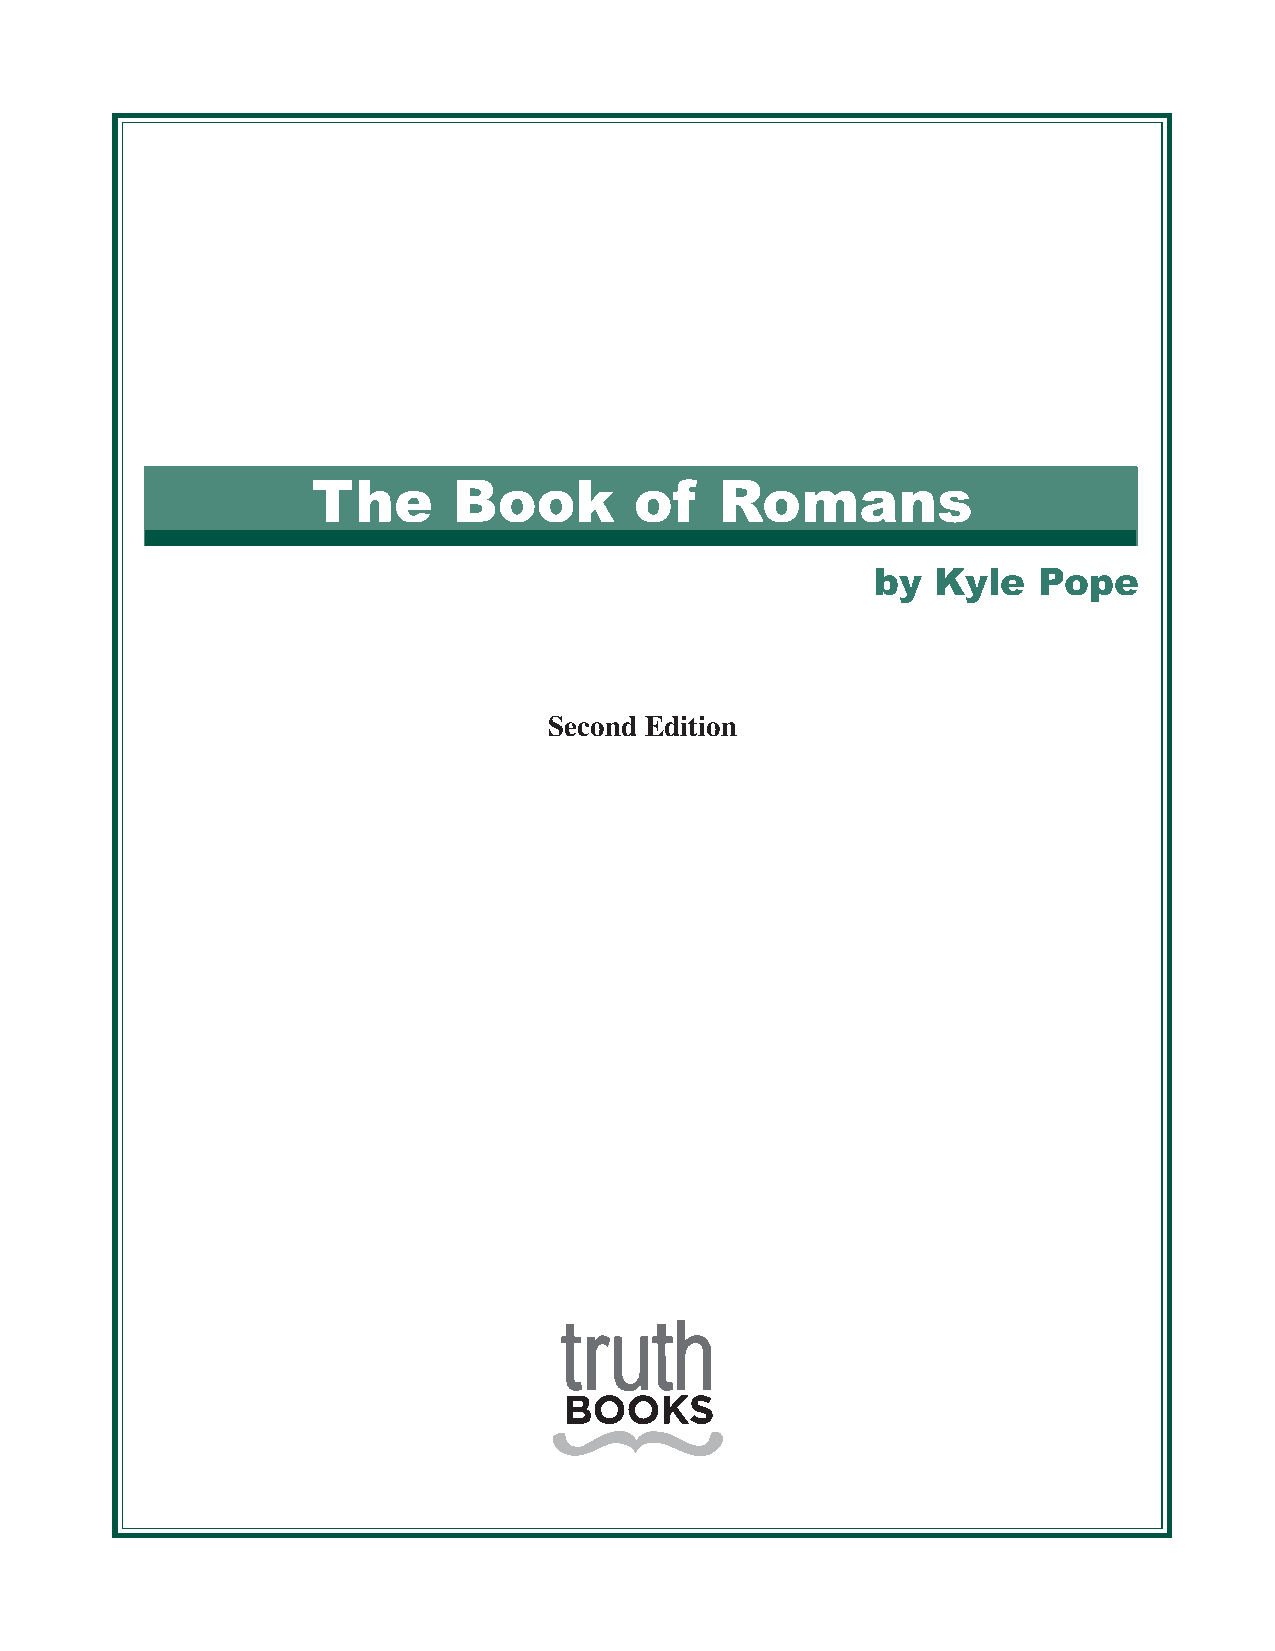
The      Book        of    Romans
 by  Kyle   Pope
 Second Edition